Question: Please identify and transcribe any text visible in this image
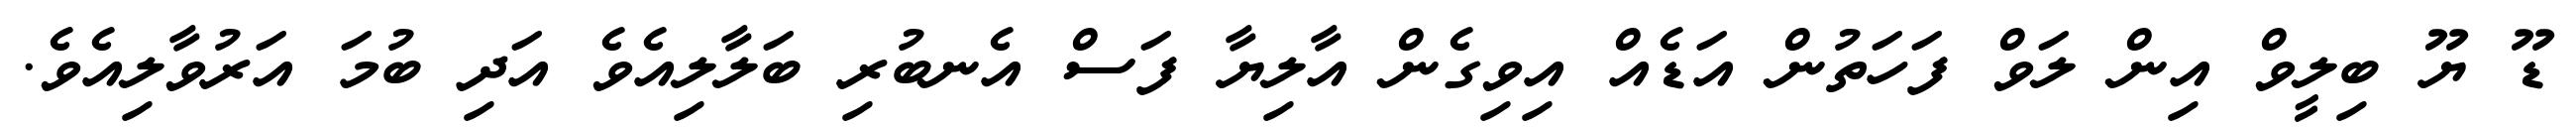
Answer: ޑޫ ޔޫ ބިލީވް އިން ލަވް ފަހަތުން އަޑެއް އިވިގެން އާލިޔާ ފަސް އެނބުރި ބަލާލިއެވެ އަދި ބުމަ އަރުވާލިއެވެ.